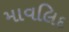
માવલિદ